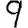
Digit: 9